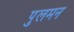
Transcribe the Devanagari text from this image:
पुलमन